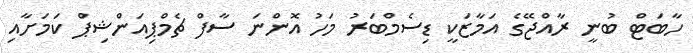
ހާބަޓް ބުނީ ރާއްޖޭގެ އަމާޒަކީ ޑިސެމްބަރު މަހު އޮންނަ ސާފް ޗެމްޕިއަންޝިޕް ކަމަށާއި